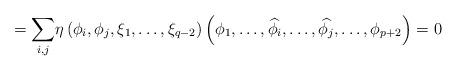
LaTeX: \begin{align*}= {\displaystyle\sum _{i,j}} \eta \left ( {\phi}_{i}, {\phi}_{j}, \xi_{1}, \ldots , {\xi}_{q-2}\right )\left ({\phi}_{1}, \ldots ,\widehat{{\phi}_{i}}, \ldots ,\widehat{{\phi}_{j}}, \ldots ,{\phi}_{p+2} \right )=0\end{align*}